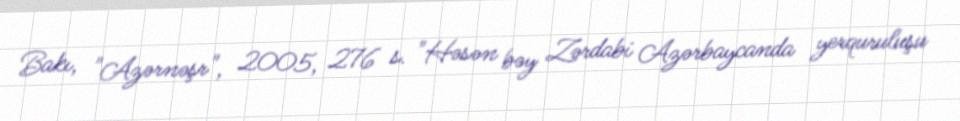
Bakı, "Azərnəşr", 2005, 276 s. "Həsən bəy Zərdabi Azərbaycanda yerquruluşu